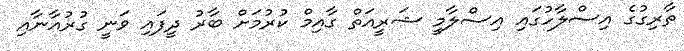
ތާރިގުގެ އިސްލާހުގައި އިސްލާމީ ޝަރީއަތް ގާއިމް ކުރުމަށް ބާރު ދީފައި ވަނީ ގުރުއާނާއި